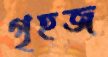
গৃহজ